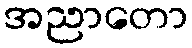
အညာတော